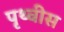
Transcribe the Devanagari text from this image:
पृथ्वीस